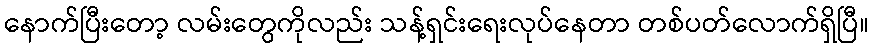
နောက်ပြီးတော့ လမ်းတွေကိုလည်း သန့်ရှင်းရေးလုပ်နေတာ တစ်ပတ်လောက်ရှိပြီ။